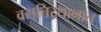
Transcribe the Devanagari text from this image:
वसतिस्थानात